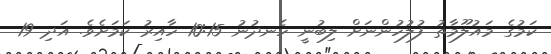
ކަމުގެ މައުލޫމާތު ފުލުހުންނަށް ލިބުނީ ހެނދުނު 10:15 ހާއިރު ކަމަށެވެ. އަދި 19